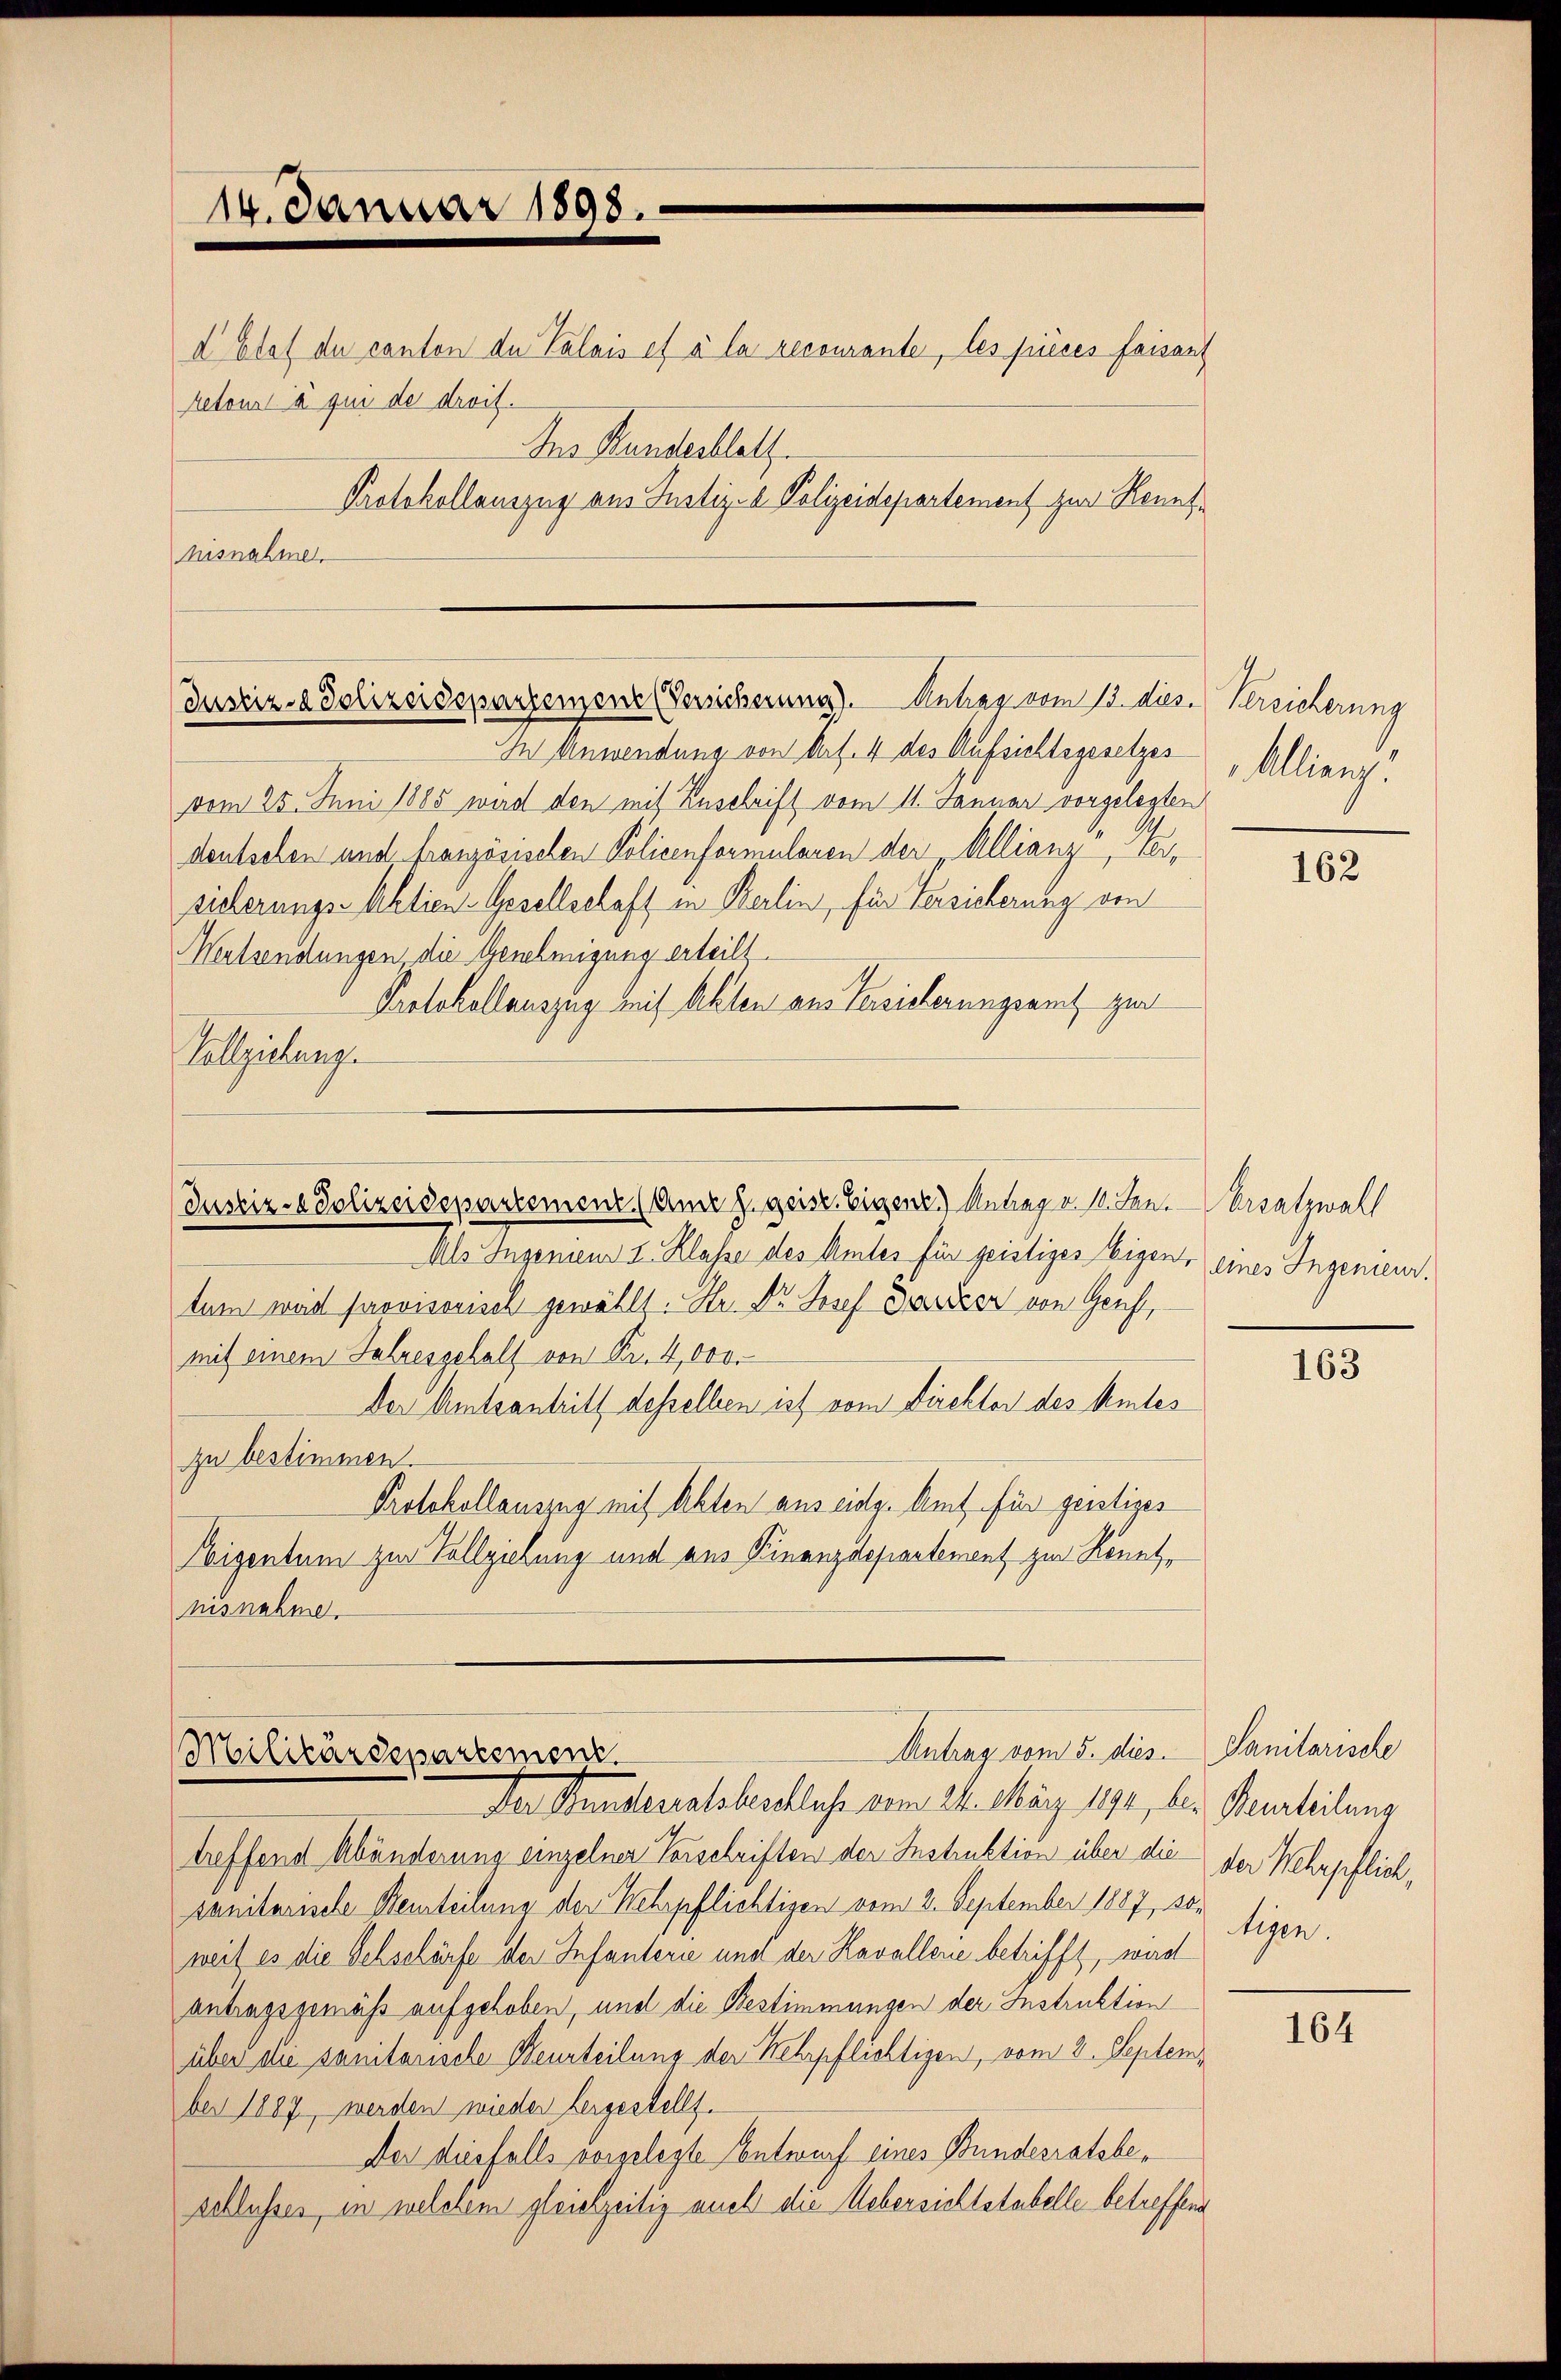
d Etat du canton de Valais et à la recourante, les pieces faisant
Retour à qui de droit.
Ins Handesblatt.
Protokollauszug aus Justiz- & Polizeidepartement zur Kennthisnahme

14. Januar 1898.

Justiz- & Polizeidepartemene Versicherung). Antrag vom 13. dies

In Anwendung von Verf. 4 des Aufsichtsgesetzes
vom 25. Juni 1885 wird den mit Zuschrift vom 11. Januar vorgelegten
deutschen und französischen Policenformularen der Allianz Vorsicherungs-Aktien-Gesellschaft in Berlin, für Versicherung von
Wentsendungen, die Genehmigung erteilt.
Protokollauszug auf Akten aus Tassisterungsamt zur
allzeitunge

tum weid provisorisch gewählt. Hr. Dr. Josef Danker von Genf,
mit einem Jahresgehalt von Fr. 4,000.
Der Amtsantritt desselben ist vom Direktor des Amtes
zu bestimmen.
Protokollauszug mit Akten aus eidg. Amt für genstiges
Eigentum zur Vollziehung und aus Finanzdepartement zur Rönetnisnahme.

Justiz- & Polizeidepartement (Anne z. geist. Eigene) Antrag v. 11. Benz Besatzwalt
Als Ingenien I. Klasse des Amtes für geistiges Eigen, eines Ingenieur.

Antrag vom 5. dies Sanitarische
Militärdepartement
Der Stunderentsbeschliche vom 24. März 1891, bei Beurteilung

treffend Abänderung einzelner Vorschriften der Instruktion über die der Wehrpflich,
sanitarische Beurteilung der Wehrpflichtigen vom 2. September 1887, son
weil es die Sechschärfe der Infanterie und der Kavallerie betrifft, ward
antragsgemäß aufgehoben, und die Bestimmungen der Instruktion
über die sanitansche Beurteilung der Wehrpflichtigen, vom 2. September 1887 werden wieder hergestellt.
Der diesfalls vorgelegte Entwurf eines Bundesratsbeschlusses, in welchem gleichzeitig auch die Uebersichtstabelle betreffend

Vereicherung
Allians

162

163

tigen.

164